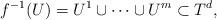
LaTeX: \begin{align*}f^{-1}(U)=U^1\cup\cdots\cup U^m\subset T^d,\end{align*}